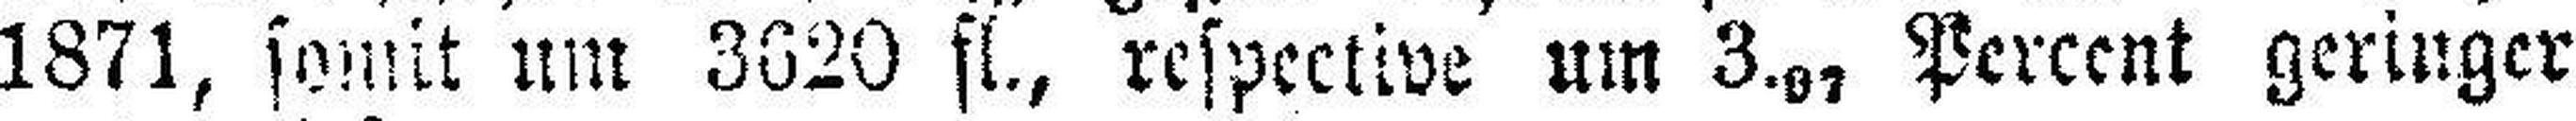
1871, somit um 3620 fl., respective um 3.07 Percent geringer